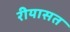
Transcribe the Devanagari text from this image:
रीयासत